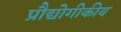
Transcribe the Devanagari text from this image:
प्रौद्योगीकीय